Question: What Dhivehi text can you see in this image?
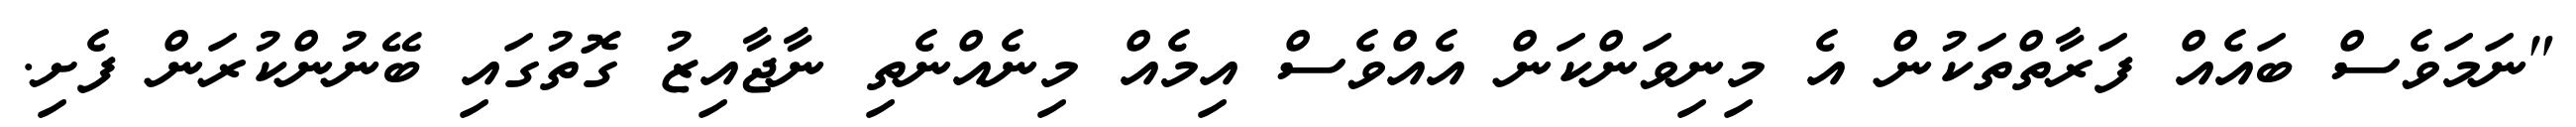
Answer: "ނަމަވެސް ބައެއް ފަރާތްތަކުން އެ މިނިވަންކަން އެއްވެސް އިމެއް މިނެއްނެތި ނާޖާއިޒު ގޮތުގައި ބޭނުންކުރަން ފެށި.